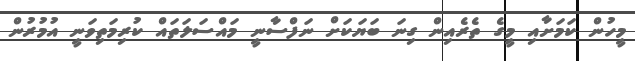
މީހުން ކަމަށާއި މީގެ ތެރެއިން ގިނަ ބަޔަކަށް ނަފްސާނީ މައްސަލަތައް ކުރިމަތިވަނީ އުމުރުން